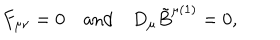
F _ { \mu \nu } = 0 \quad \mathrm { a n d } \quad D _ { \mu } \tilde { B } ^ { \mu ( 1 ) } = 0 ,